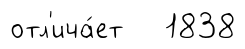
отл'ича́ет 1838